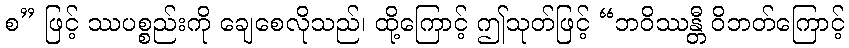
စ” ဖြင့် ဿပစ္စည်းကို ချေစေလိုသည်၊ ထို့ကြောင့် ဤသုတ်ဖြင့် “ဘဝိဿန္တီ ဝိဘတ်ကြောင့်